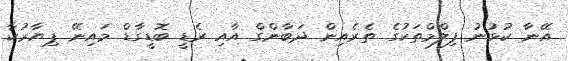
އޭނާ ކުޅުނު ފިލްމްތަކުގެ ތެރެއިން ދަބާންގް އާއި ރެޑީ ބޮޑީގާޑް މައިނޭ ޕިޔާރުކާ